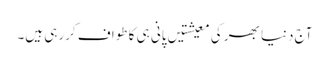
آج دنیا بھر کی معیشتیں پانی ہی کا طواف کررہی ہیں۔